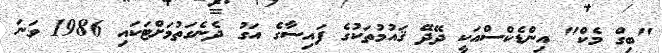
"ބިގް މެކް" އިންޑެކްސްއަކީ ދޭދޭ ޤައުމުތަކުގެ ފައިސާގެ އަގު ދެނެގަތުމަށްޓަކައި 1986 ވަނަ